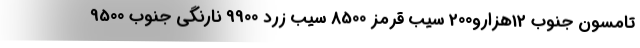
تامسون جنوب 12هزارو200 سیب قرمز 8500 سیب زرد 9900 نارنگی جنوب 9500